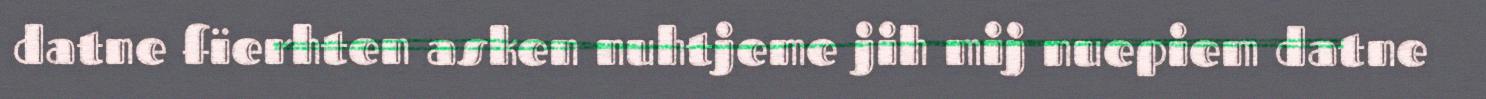
datne fïerhten asken nuhtjeme jih mij nuepiem datne